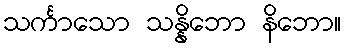
သင်္ကာသော သန္နိဘော နိဘော။